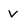
Character: V